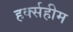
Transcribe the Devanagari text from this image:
हर्क्सहीम